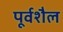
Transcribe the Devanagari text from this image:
पूर्वशैल